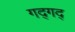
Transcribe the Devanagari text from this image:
गद्‍गद्